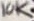
Text: 10K